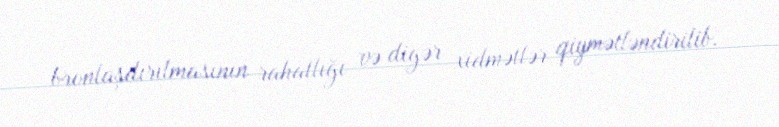
bronlaşdırılmasının rahatlığı və digər xidmətlər qiymətləndirilib.